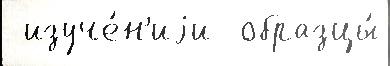
 изуче́н'иjи  образцы́